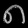
Digit: ၈